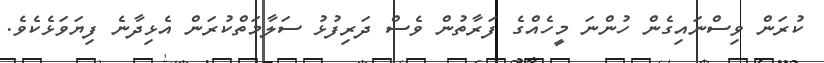
ކުރަން ވިސްނައިގެން ހުންނަ މީހެއްގެ ފަރާތުން ވެސް ދަރިފުޅު ސަލާމަތްކުރަން އެޅިދާނެ ފިޔަވަޅެކެވެ.